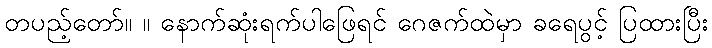
တပည့်တော်။ ။ နောက်ဆုံးရက်ပါဖြေရင် ဂေဇက်ထဲမှာ ခရေပွင့် ပြထားပြီး